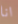
انا